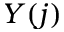
Y ( j )